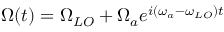
\Omega ( t ) = \Omega _ { L O } + \Omega _ { a } e ^ { i ( \omega _ { a } - \omega _ { L O } ) t }